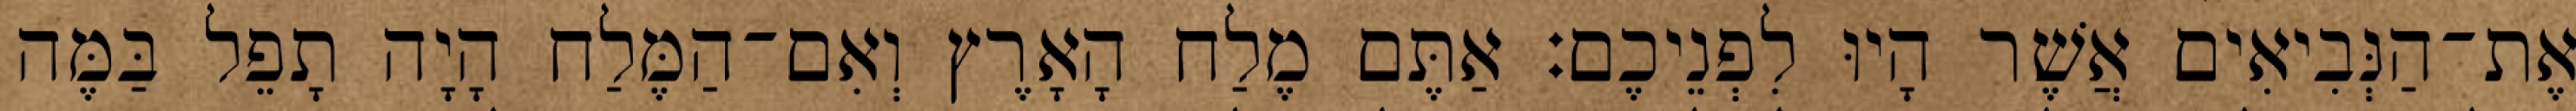
אֶת־הַנְּבִיאִים אֲשֶׁר הָיוּ לִפְנֵיכֶם׃ אַתֶּם מֶלַח הָאָרֶץ וְאִם־הַמֶּלַח הָיָה תָפֵל בַּמֶּה